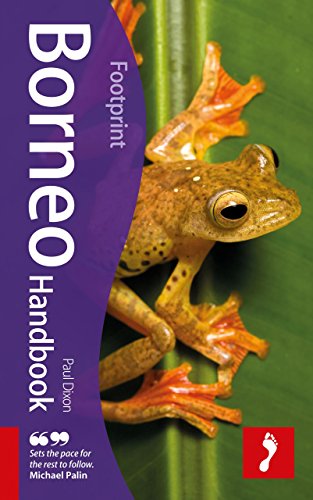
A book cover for Borneo Handbook: Travel Guide To Borneo (Footprint - Handbooks); Paul Dixon; Travel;